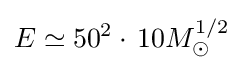
E\simeq 50^{2}\cdot \,10M_{\odot }^{1/2}